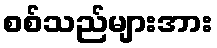
စစ်သည်များအား